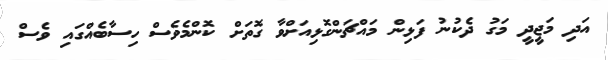
އަދި މަޖީދީ މަގު ދެކުނު ފަޅިން މައްޗަންގޮޅިއަށްވާ ގޮތަށް ކޮންމެވެސް ހިސާބެއްގައި ވެސް